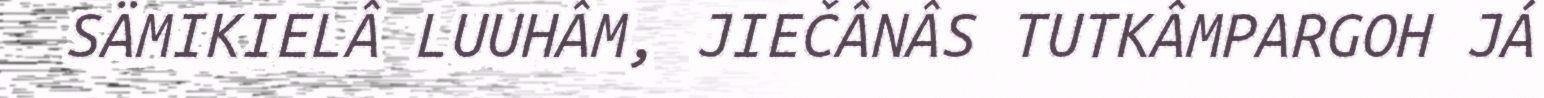
SÄMIKIELÂ LUUHÂM, JIEČÂNÂS TUTKÂMPARGOH JÁ